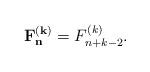
LaTeX: \begin{align*}\mathbf{F_n^{(k)}}=F_{n+k-2}^{(k)}.\end{align*}